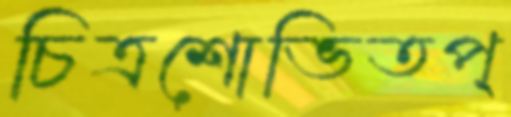
চিত্রশোভিতপ্